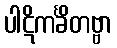
ပါဋိကင်္ခိတဗ္ဗာ